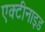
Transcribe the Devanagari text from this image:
एक्टीनाइड